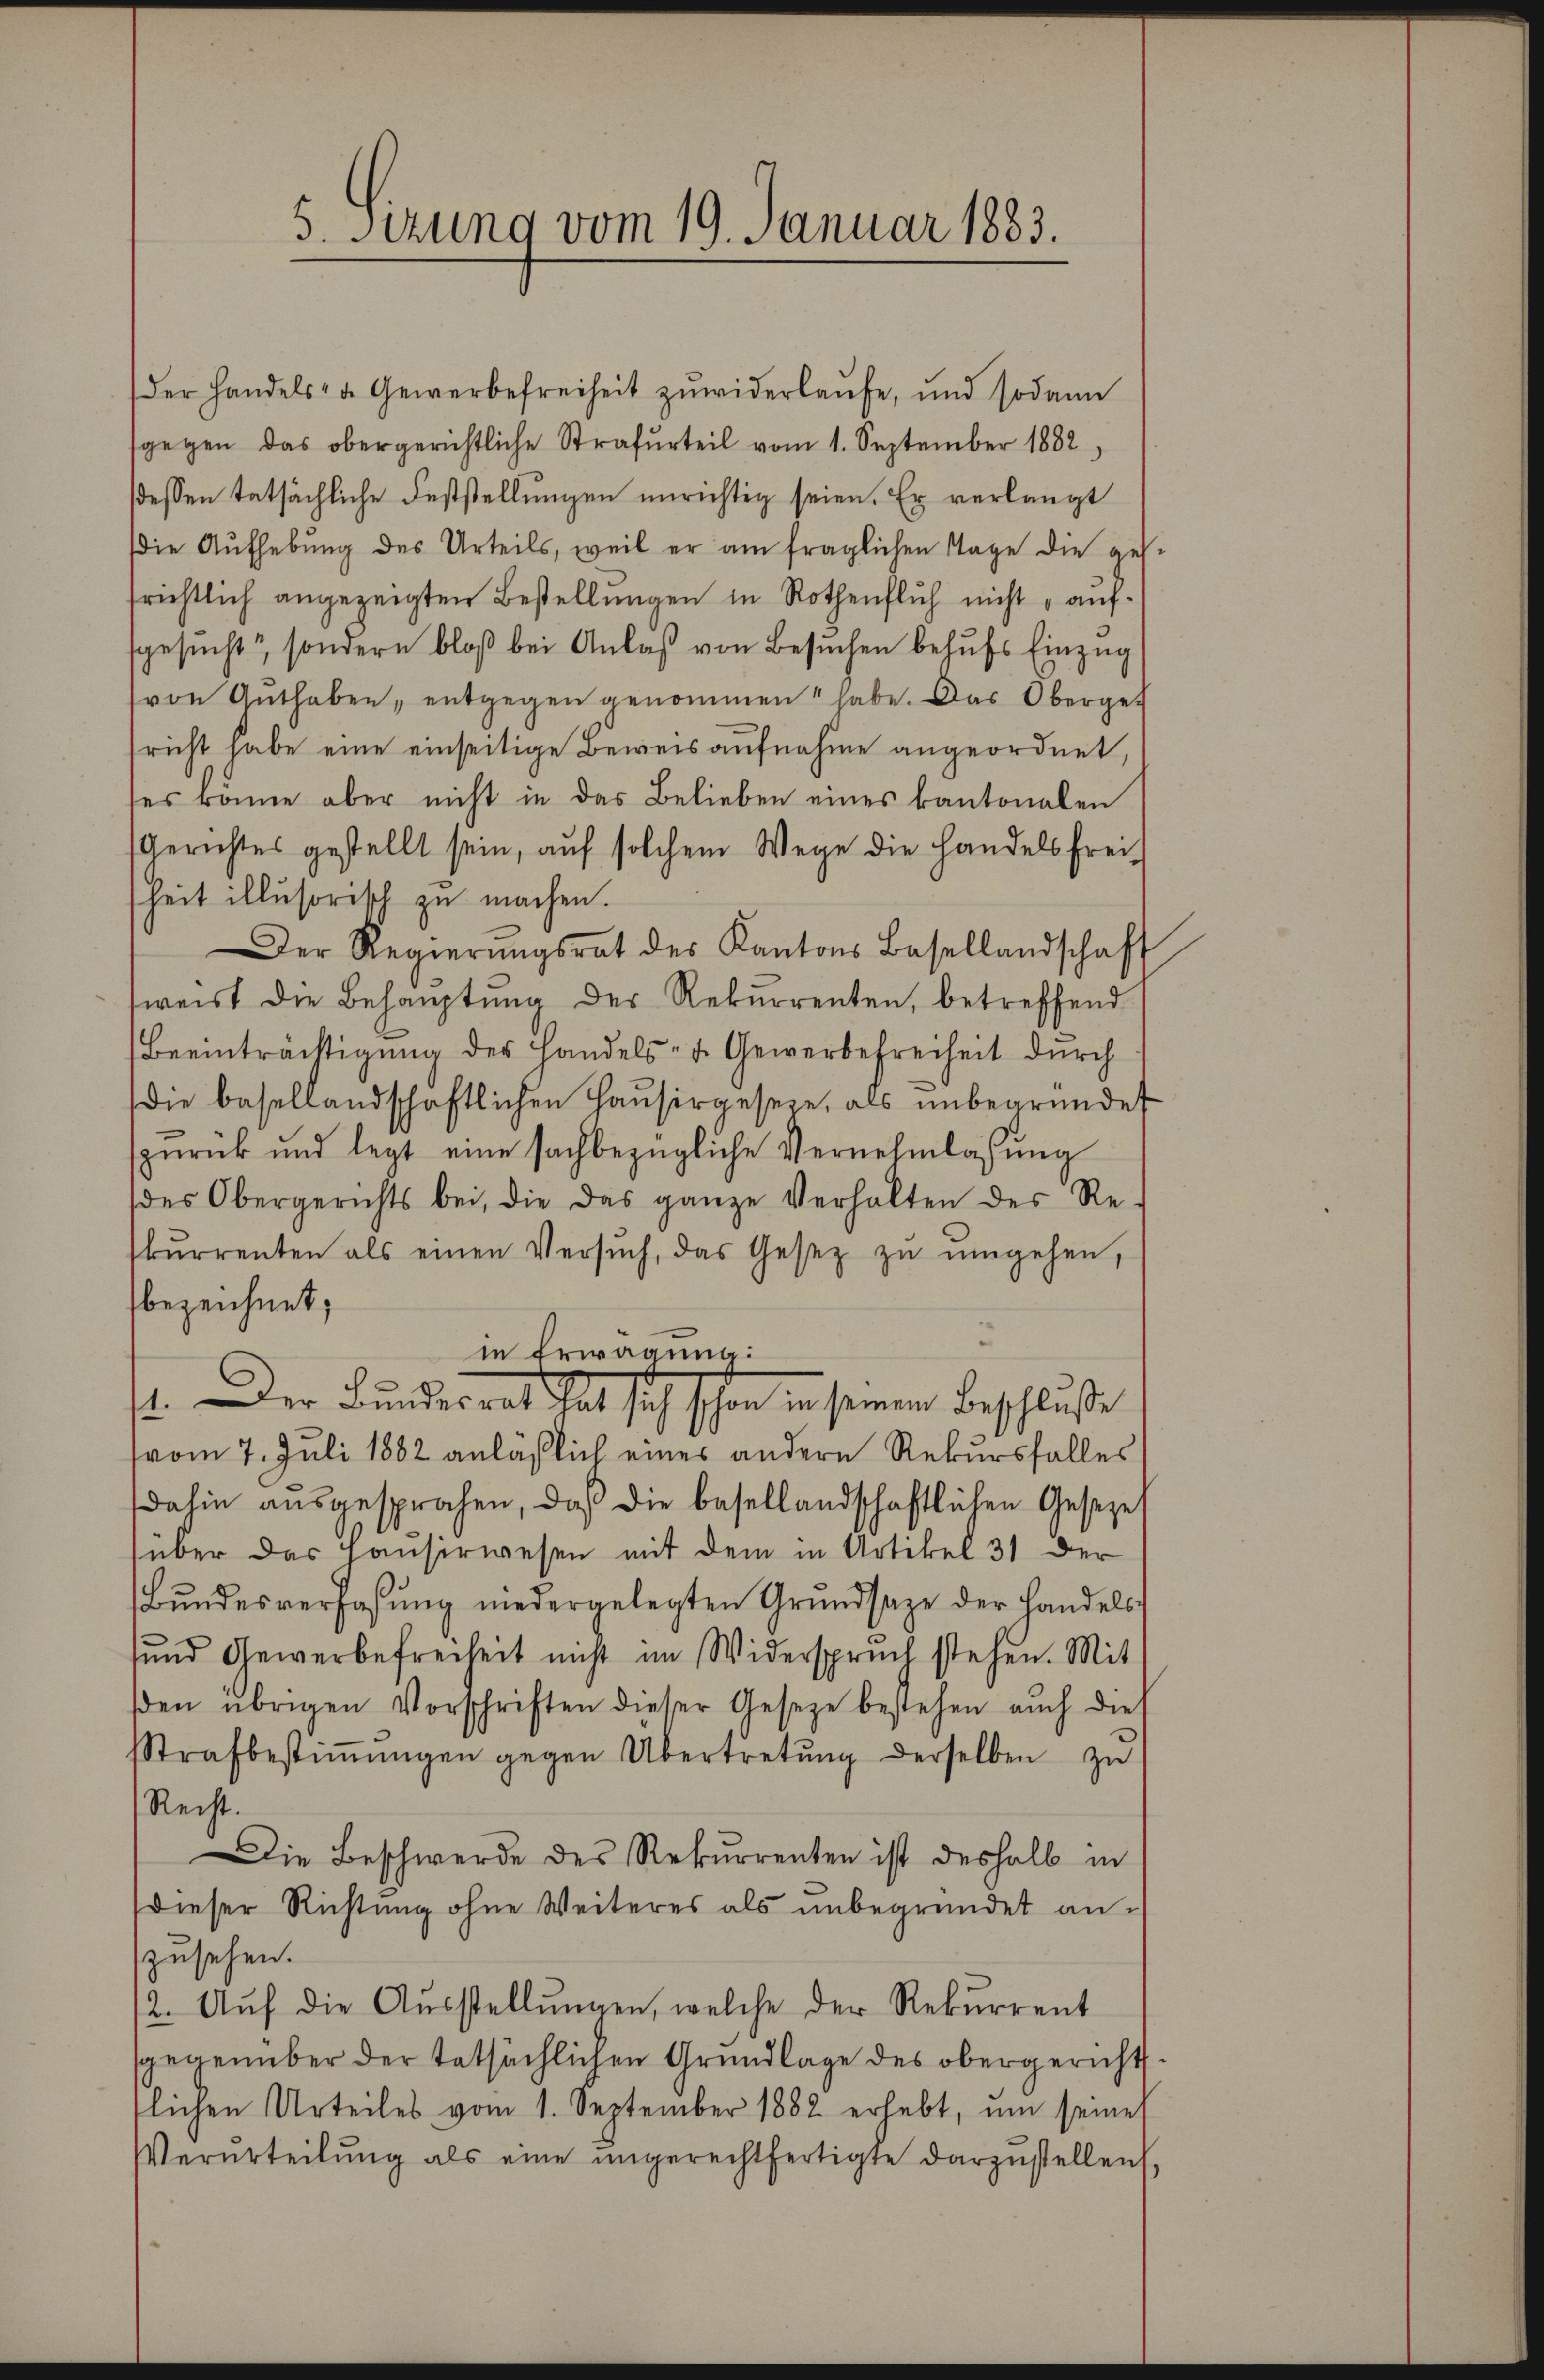
5. sezung vom 19. Januar 1883.

der Handels- u Gewerbefreiheit zŭwiderlaŭfe, und sodann
sgegen das obergerichtliche Strafurteil vom 1. September 1882,
dessen tatsächliche Feststellungen unrichtig seien. Er verlangt
die Aŭfhebung des Urteils, weil er am fraglichen Tage die ges.
srichtlich angezeigten Bestellungen in Rothenflich nicht aufgesucht, sondern bloß bei Anlaß von Besuchen behufs Einzug
von Guthaben, entgegen genommen habe. Das Obergeb
richt habe eine einseitige Beweis aufnahme angeordnet,
es könne aber nicht in das Belieben eines kantonalen
Gerichtes gestellt sein, aŭf solchem Wege die Handels frei-
heit illusorisch zu machen.
Der Regierŭngsrat des Kantons Basellandschaft
weist die Behauptung der Rekurrenten, betreffend
Beeinträchtigŭng der Handels- u. Gewerbefreiheit durch
die basellandschaftlichen Haŭsirgesein, als ŭnbegründet
zurück und legt eine sachbezügliche Vernehmlassung
des Obergerichts bei, die das ganze Verhalten des Re-
kŭrrenten als einen Versŭch, das Gesetz zŭ ŭmgehen,
bezeichnet;
in Erwägung:
1. Der Bundesrat hat sich schon in seinen Beschluße
vom 7. Juli 1882 anläßlich eines andern Rekursfalles
dahin aŭsgesprochen, daß die besellandschaftlichen Gesezet
über das Hauserwesen mit dem in Artikel 31 der
Bundesverfassung niedergelegten Grundsaze der Handels¬
und Gewerbefreiheit nicht im Widerspruch stehen. Mit
den übrigen Vorschriften dieser Gesetze bestehen auch die
Strafbestiṁŭngen gegen Übertretŭng derselben zŭ
Recht.
Die Beschwerde des Rekurrenten ist deshalb in
Dieser Richtung ohne Weiteres als unbegründet anzusehen.
2. Aŭf die Aŭsstellŭngen, welche der Rekurrent
gegenüber der tatsächlichen Grundlage des obergericht
tlichen Urteiles vom 1. September 1882 erhebt, um seines
Verurteilŭng als eine ŭngerechtfertigte darzustellen,